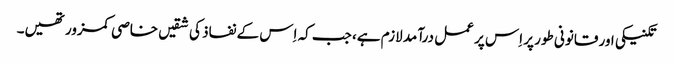
تکنیکی اور قانونی طور پر اِس پر عمل درآمد لازم ہے، جب کہ اِس کے نفاذ کی شقیں خاصی کمزور تھیں۔